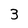
Character: 3